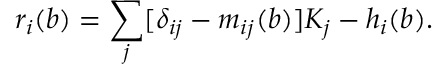
r _ { i } ( b ) = \sum _ { j } [ \delta _ { i j } - m _ { i j } ( b ) ] K _ { j } - h _ { i } ( b ) .